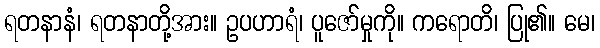
ရတနာနံ၊ ရတနာတို့အား။ ဥပဟာရံ၊ ပူဇော်မှုကို။ ကရောတိ၊ ပြု၏။ မေ၊